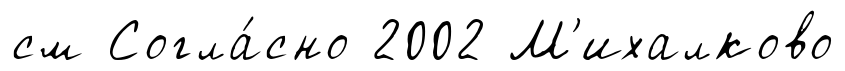
см Согла́сно 2002 М'ихалково